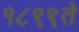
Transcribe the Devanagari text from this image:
१८९९ते